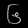
Digit: ၆